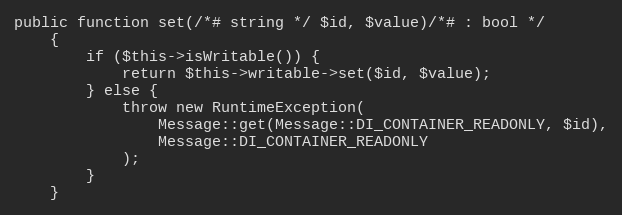
Language: PHP
public function set(/*# string */ $id, $value)/*# : bool */
    {
        if ($this->isWritable()) {
            return $this->writable->set($id, $value);
        } else {
            throw new RuntimeException(
                Message::get(Message::DI_CONTAINER_READONLY, $id),
                Message::DI_CONTAINER_READONLY
            );
        }
    }